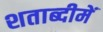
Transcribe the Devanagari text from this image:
शताब्‍दीमें